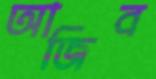
আজিব